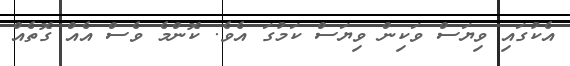
އެކުގައި ވިޔަސް ވަކިން ވިޔަސް ކަމުގަ އެވެ. ކޮންމެ ވެސް އެއް ގޮތެއް